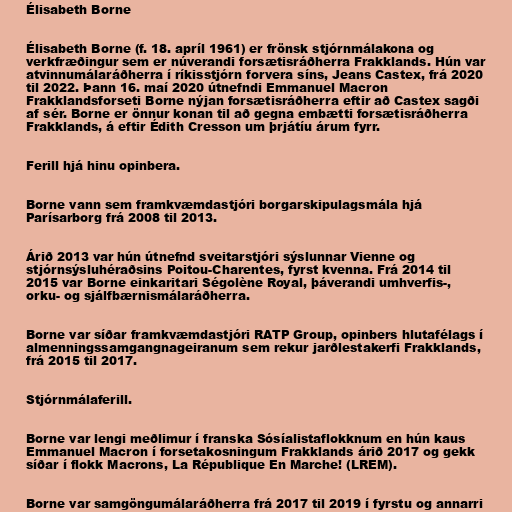
Élisabeth Borne

Élisabeth Borne (f. 18. apríl 1961) er frönsk stjórnmálakona og
verkfræðingur sem er núverandi forsætisráðherra Frakklands. Hún var
atvinnumálaráðherra í ríkisstjórn forvera síns, Jeans Castex, frá 2020
til 2022. Þann 16. maí 2020 útnefndi Emmanuel Macron
Frakklandsforseti Borne nýjan forsætisráðherra eftir að Castex sagði
af sér. Borne er önnur konan til að gegna embætti forsætisráðherra
Frakklands, á eftir Édith Cresson um þrjátíu árum fyrr.

Ferill hjá hinu opinbera.

Borne vann sem framkvæmdastjóri borgarskipulagsmála hjá
Parísarborg frá 2008 til 2013.

Árið 2013 var hún útnefnd sveitarstjóri sýslunnar Vienne og
stjórnsýsluhéraðsins Poitou-Charentes, fyrst kvenna. Frá 2014 til
2015 var Borne einkaritari Ségolène Royal, þáverandi umhverfis-,
orku- og sjálfbærnismálaráðherra.

Borne var síðar framkvæmdastjóri RATP Group, opinbers hlutafélags í
almenningssamgangnageiranum sem rekur jarðlestakerfi Frakklands,
frá 2015 til 2017.

Stjórnmálaferill.

Borne var lengi meðlimur í franska Sósíalistaflokknum en hún kaus
Emmanuel Macron í forsetakosningum Frakklands árið 2017 og gekk
síðar í flokk Macrons, La République En Marche! (LREM).

Borne var samgöngumálaráðherra frá 2017 til 2019 í fyrstu og annarri